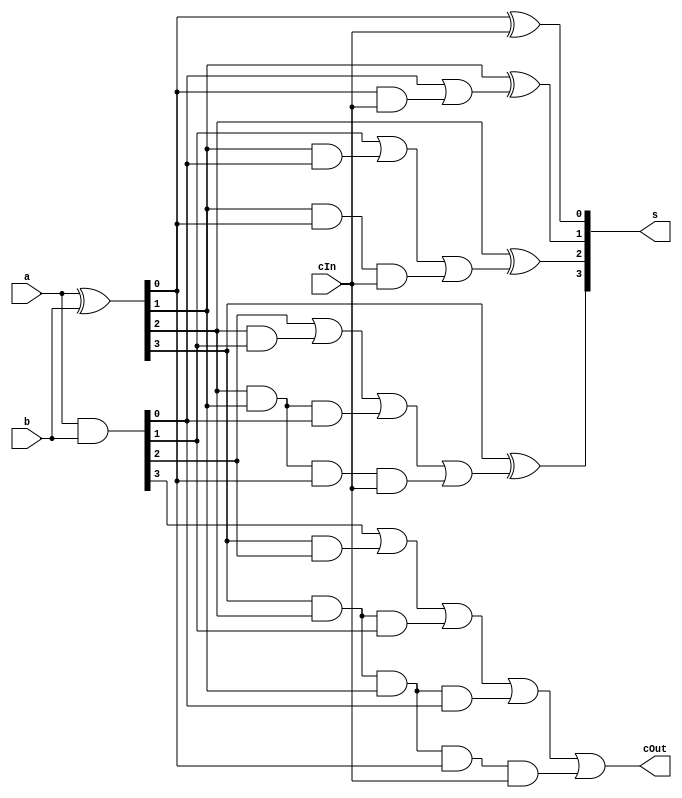
`timescale 1ns / 1ps
//////////////////////////////////////////////////////////////////////////////////
// Module Name:CLA 
// Assignment: Lab-1
// Problem: 2 (a) Carry Look-ahead adder (4-bit)
// Group: 24
// Group Members: Parth Jindal, Pranav Rajput
//////////////////////////////////////////////////////////////////////////////////
module CLA(s,cOut,cIn,a,b);
	input [3:0] a, b; //inputs
	input cIn; //carry in
	
	output [3:0] s; //sum
	output cOut; //carry out
	
	wire [3:0] g/*generators*/,p/*propogater*/;
	wire [3:1] c; //intermediate carry wire connections
	
	assign g = a & b;
	assign p = a ^ b;
	
	assign c[1] = g[0] | (p[0] & cIn);
	assign c[2] = g[1] |	(p[1] & g[0]) 
					| (p[1] & p[0] & cIn);
	assign c[3] = g[2] | (p[2] & g[1])
					| (p[2] & p[1] & g[0])
					| (p[2] & p[1] & p[0] & cIn);
	assign cOut = g[3] | (p[3] & g[2])
					| (p[3] & p[2] & g[1])
					| (p[3] & p[2] & p[1] & g[0])
					| (p[3] & p[2] & p[1] & p[0] & cIn);
					
	assign s[0] = p[0] ^ cIn;
	assign s[1] = p[1] ^ c[1];
	assign s[2] = p[2] ^ c[2];
	assign s[3] = p[3] ^ c[3];
endmodule